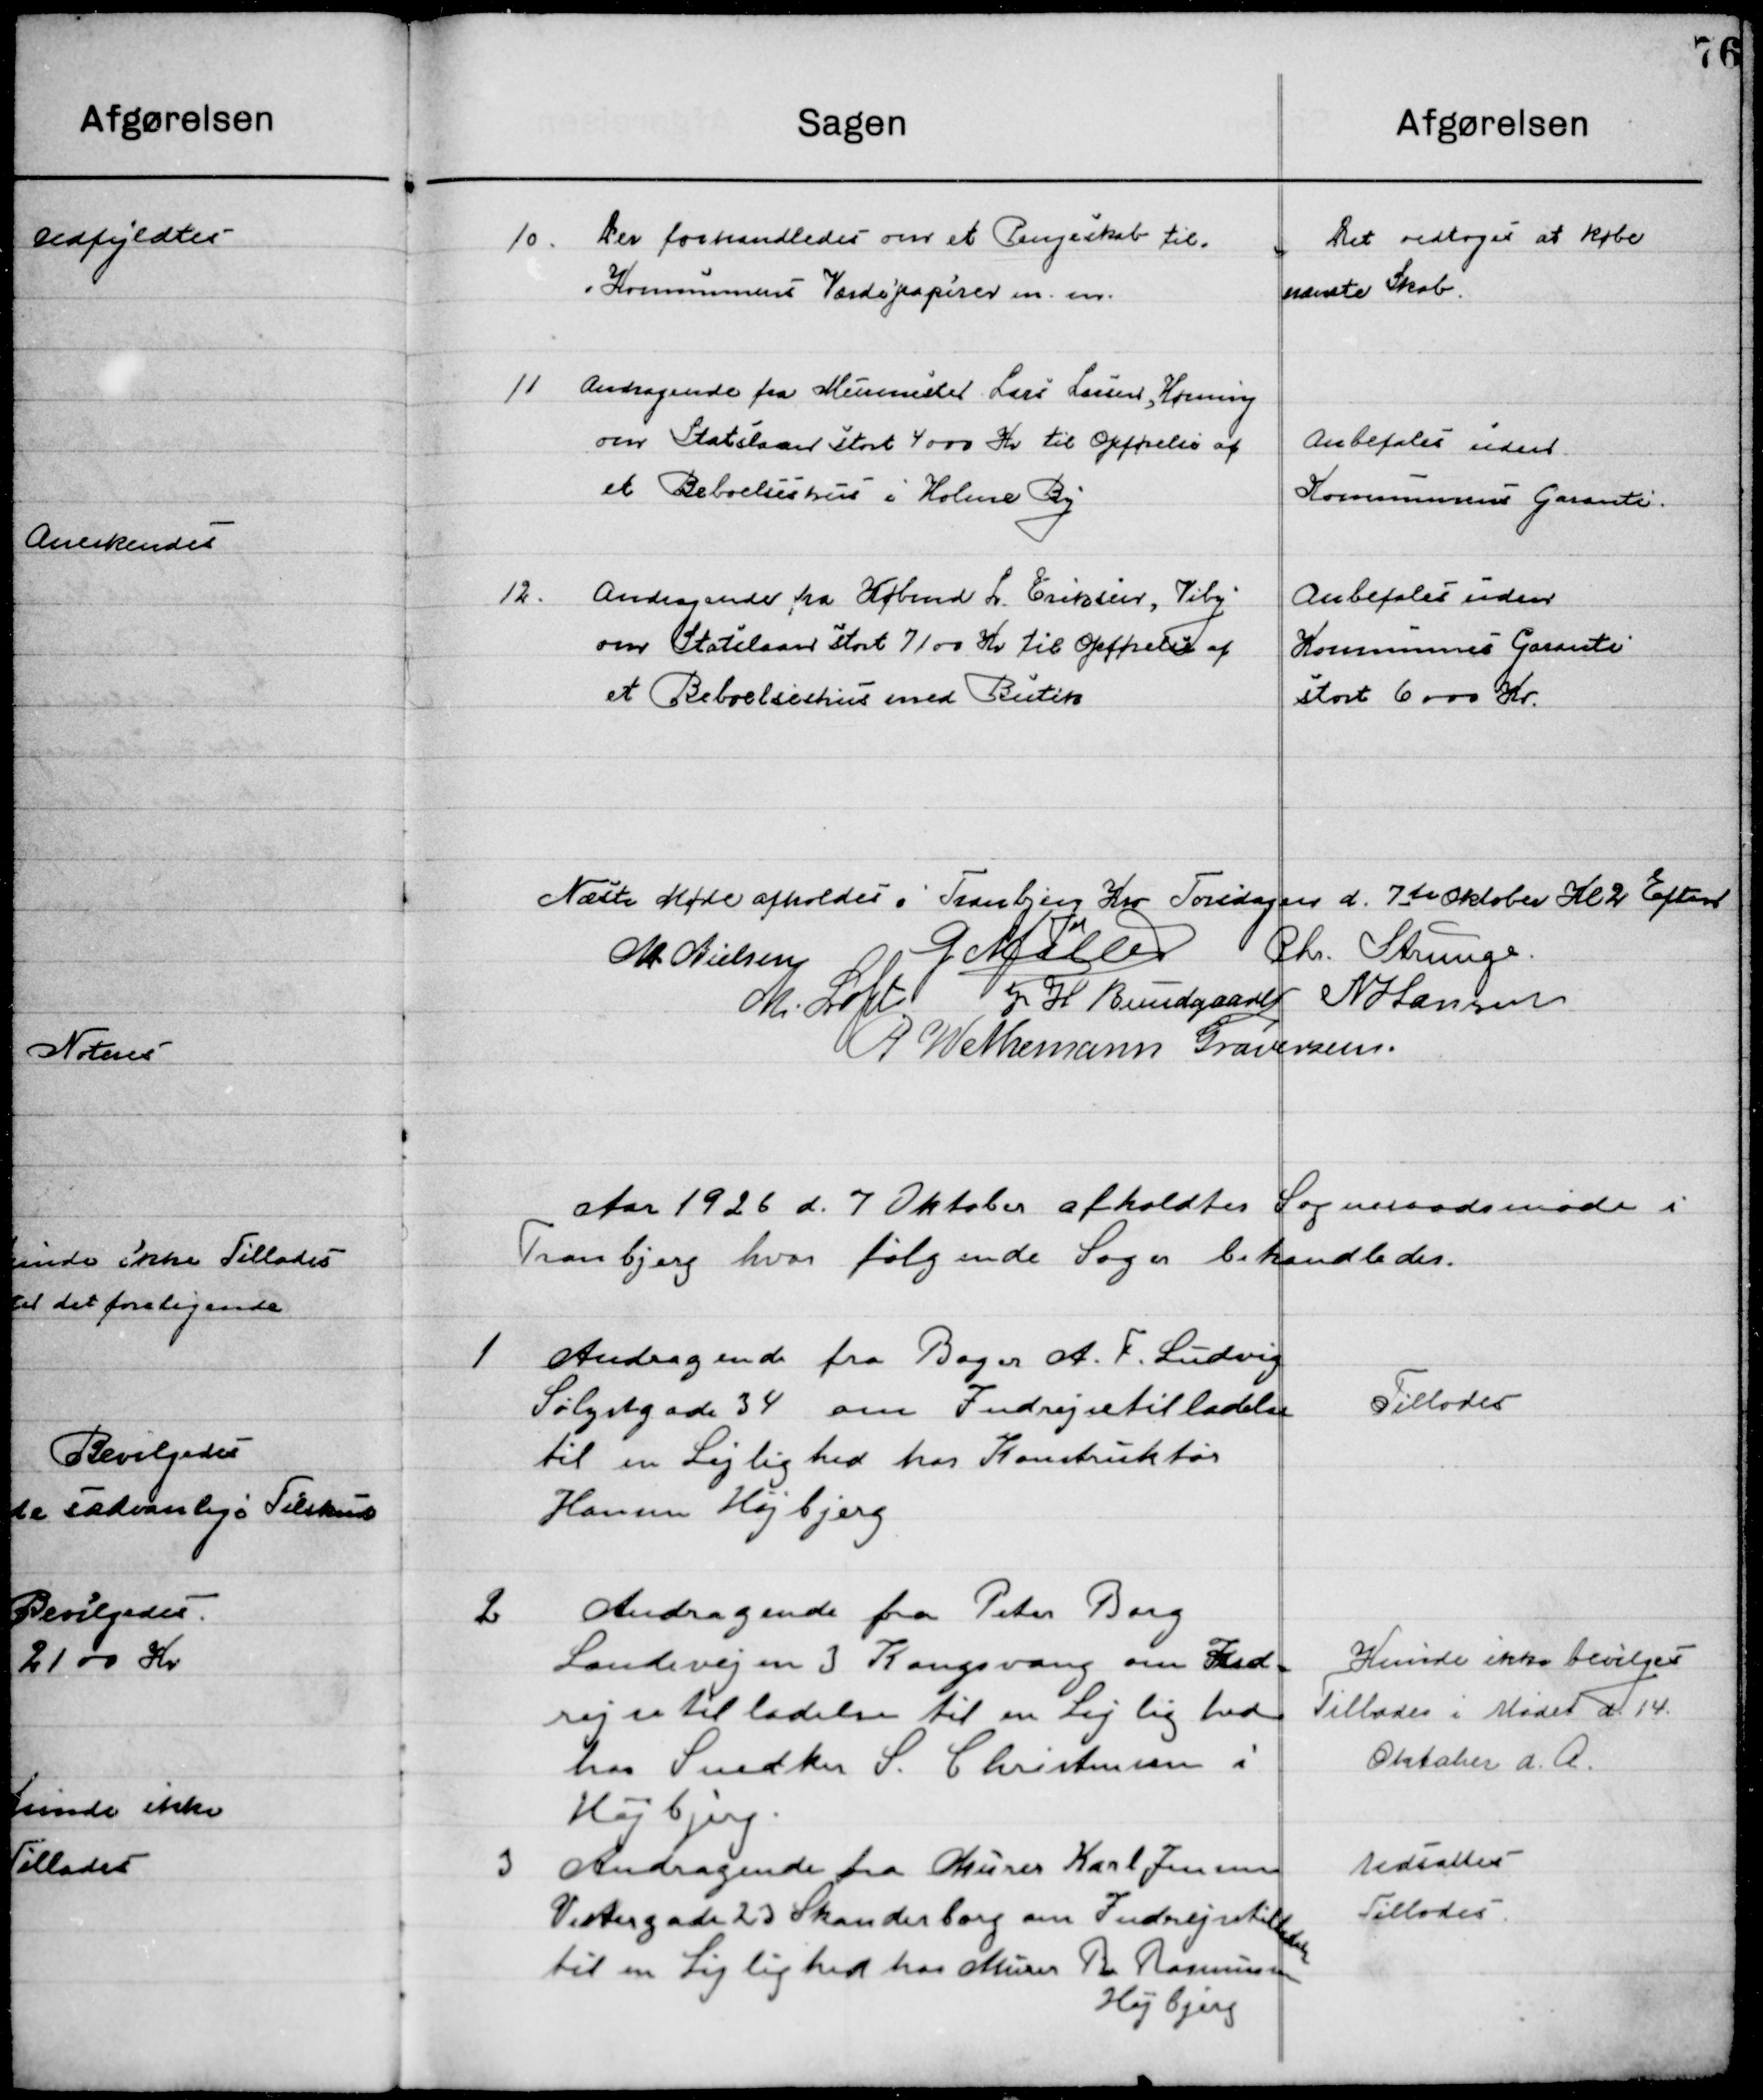
Transskription:
10

Der forhandledes om et Pengeskab til
Kommunens Værdipapirer m.m.

Det vedtoges at købe
Nævnte Skab

11

Andragende fra Murermester Lars Larsen, Hørning
om Statslaan stort 4000 Kr. til opførelse af
et Beboelseshus i Holme By.

Anbefales uden 
Kommunens Garanti

12

Andragende fra Købmd. L. Eriksen, Viby
om Statslaan stort 7100 Kr. til opførelse af
et Beboelseshus med Butik.

Anbefales uden
Kommunens Garanti
stort 6000 Kr.

Næste Møde afholdes i Tranbjerg Kro Torsdagen d. 7de Oktober Kl. 2 Eftermd.

M. Nielsen
G. Møller
Chr. Strunge
M. Loft
J. H. Bundgaard
N. Hansen
G. W. Neumann Graversen

Aaret 1926 d. 7de Oktober afholdtes Sogneraadsmøde i 
Tranbjerg hvor følgende Sager behandledes.

1

Andragende fra Bager A. F. Ludvig
Sølystgade 34 om Indrejsetilladelse
 til en Lejlighed hos Konstruktør
Hansen Højbjerg.

Tillodes

2

Andragende fra Peter Berg
Landevejen 3 Kongsvang om Ind-
rejsetilladelse til en Lejlighed 
hos Snedker S. C. Christensen i 
Højbjerg.

Kunde ikke bevilgedes
Tillodes i Mødet d. 14
Oktober d. A.

3

Andragende fra Murer Karl Jensen
Vestergade 23 Skanderborg om Indrejsetilladelse  
til en Lejlighed hos Murer B. Erasmussen
Højbjerg.

Udsattes 
Tillodes